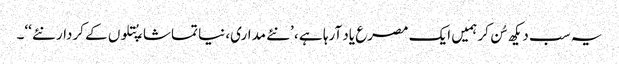
یہ سب دیکھ سُن کر ہمیں ایک مصرع یاد آرہا ہے ، ’نئے مداری، نیا تماشا، پُتلوں کے کردار نئے ‘‘۔